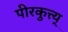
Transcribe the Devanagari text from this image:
पीरकुत्त्य्